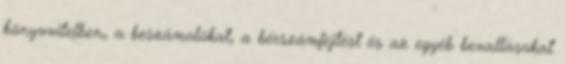
könyvvitelben, a beszámolókat, a bérszámfejtést és az egyéb bevallásokat